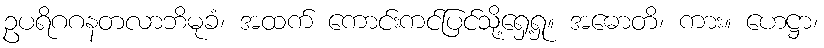
ဥပရိဂဂနတလာဘိမုခံ၊ အထက် ကောင်းကင်ပြင်သို့ရှေ့ရှု။ အဓောတိ၊ ကား။ ဟေဋ္ဌာ၊